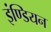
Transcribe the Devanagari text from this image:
इंण्डियन